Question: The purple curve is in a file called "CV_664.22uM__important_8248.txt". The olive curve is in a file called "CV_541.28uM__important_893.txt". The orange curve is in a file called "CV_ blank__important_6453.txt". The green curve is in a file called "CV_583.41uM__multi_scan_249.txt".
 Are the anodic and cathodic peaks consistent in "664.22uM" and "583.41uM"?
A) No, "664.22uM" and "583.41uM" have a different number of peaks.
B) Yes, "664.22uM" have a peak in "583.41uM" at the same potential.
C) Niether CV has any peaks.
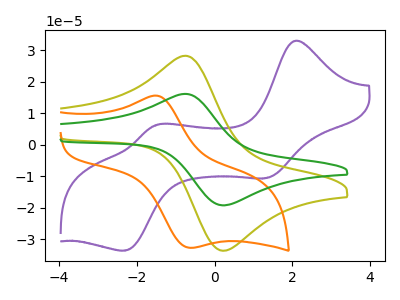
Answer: <think>The purple curve "664.22uM" has anodic peaks at (2.05V, 33.00uA) (-1.50V, 6.20uA) and cathodic peaks at (1.35V, -10.55uA) (-2.30V, -33.65uA). The olive curve "541.28uM" has an anodic peak at (-0.75V, 28.30uA) and a cathodic peak at (0.30V, -33.70uA). The orange curve " blank" has an anodic peak at (-1.45V, 15.55uA) and a cathodic peak at (-0.65V, -32.80uA). The green curve "583.41uM" has an anodic peak at (-0.75V, 16.15uA) and a cathodic peak at (0.30V, -19.25uA).</think>
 <answer>A) No, "664.22uM" and "583.41uM" have a different number of peaks.</answer>
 <eval>A</eval>